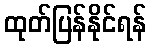
ထုတ်ပြန်နိုင်ရန်